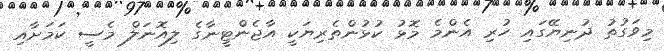
މިވަގުތު ދުނިޔޭގައި ހުރި އެންމެ މޮޅު ކުޅުންތެރިޔަކީ އާޖެންޓީނާގެ ލިއޮނަލް މެސީ ކަމަށާއި